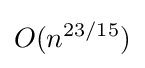
O(n^{23/15})